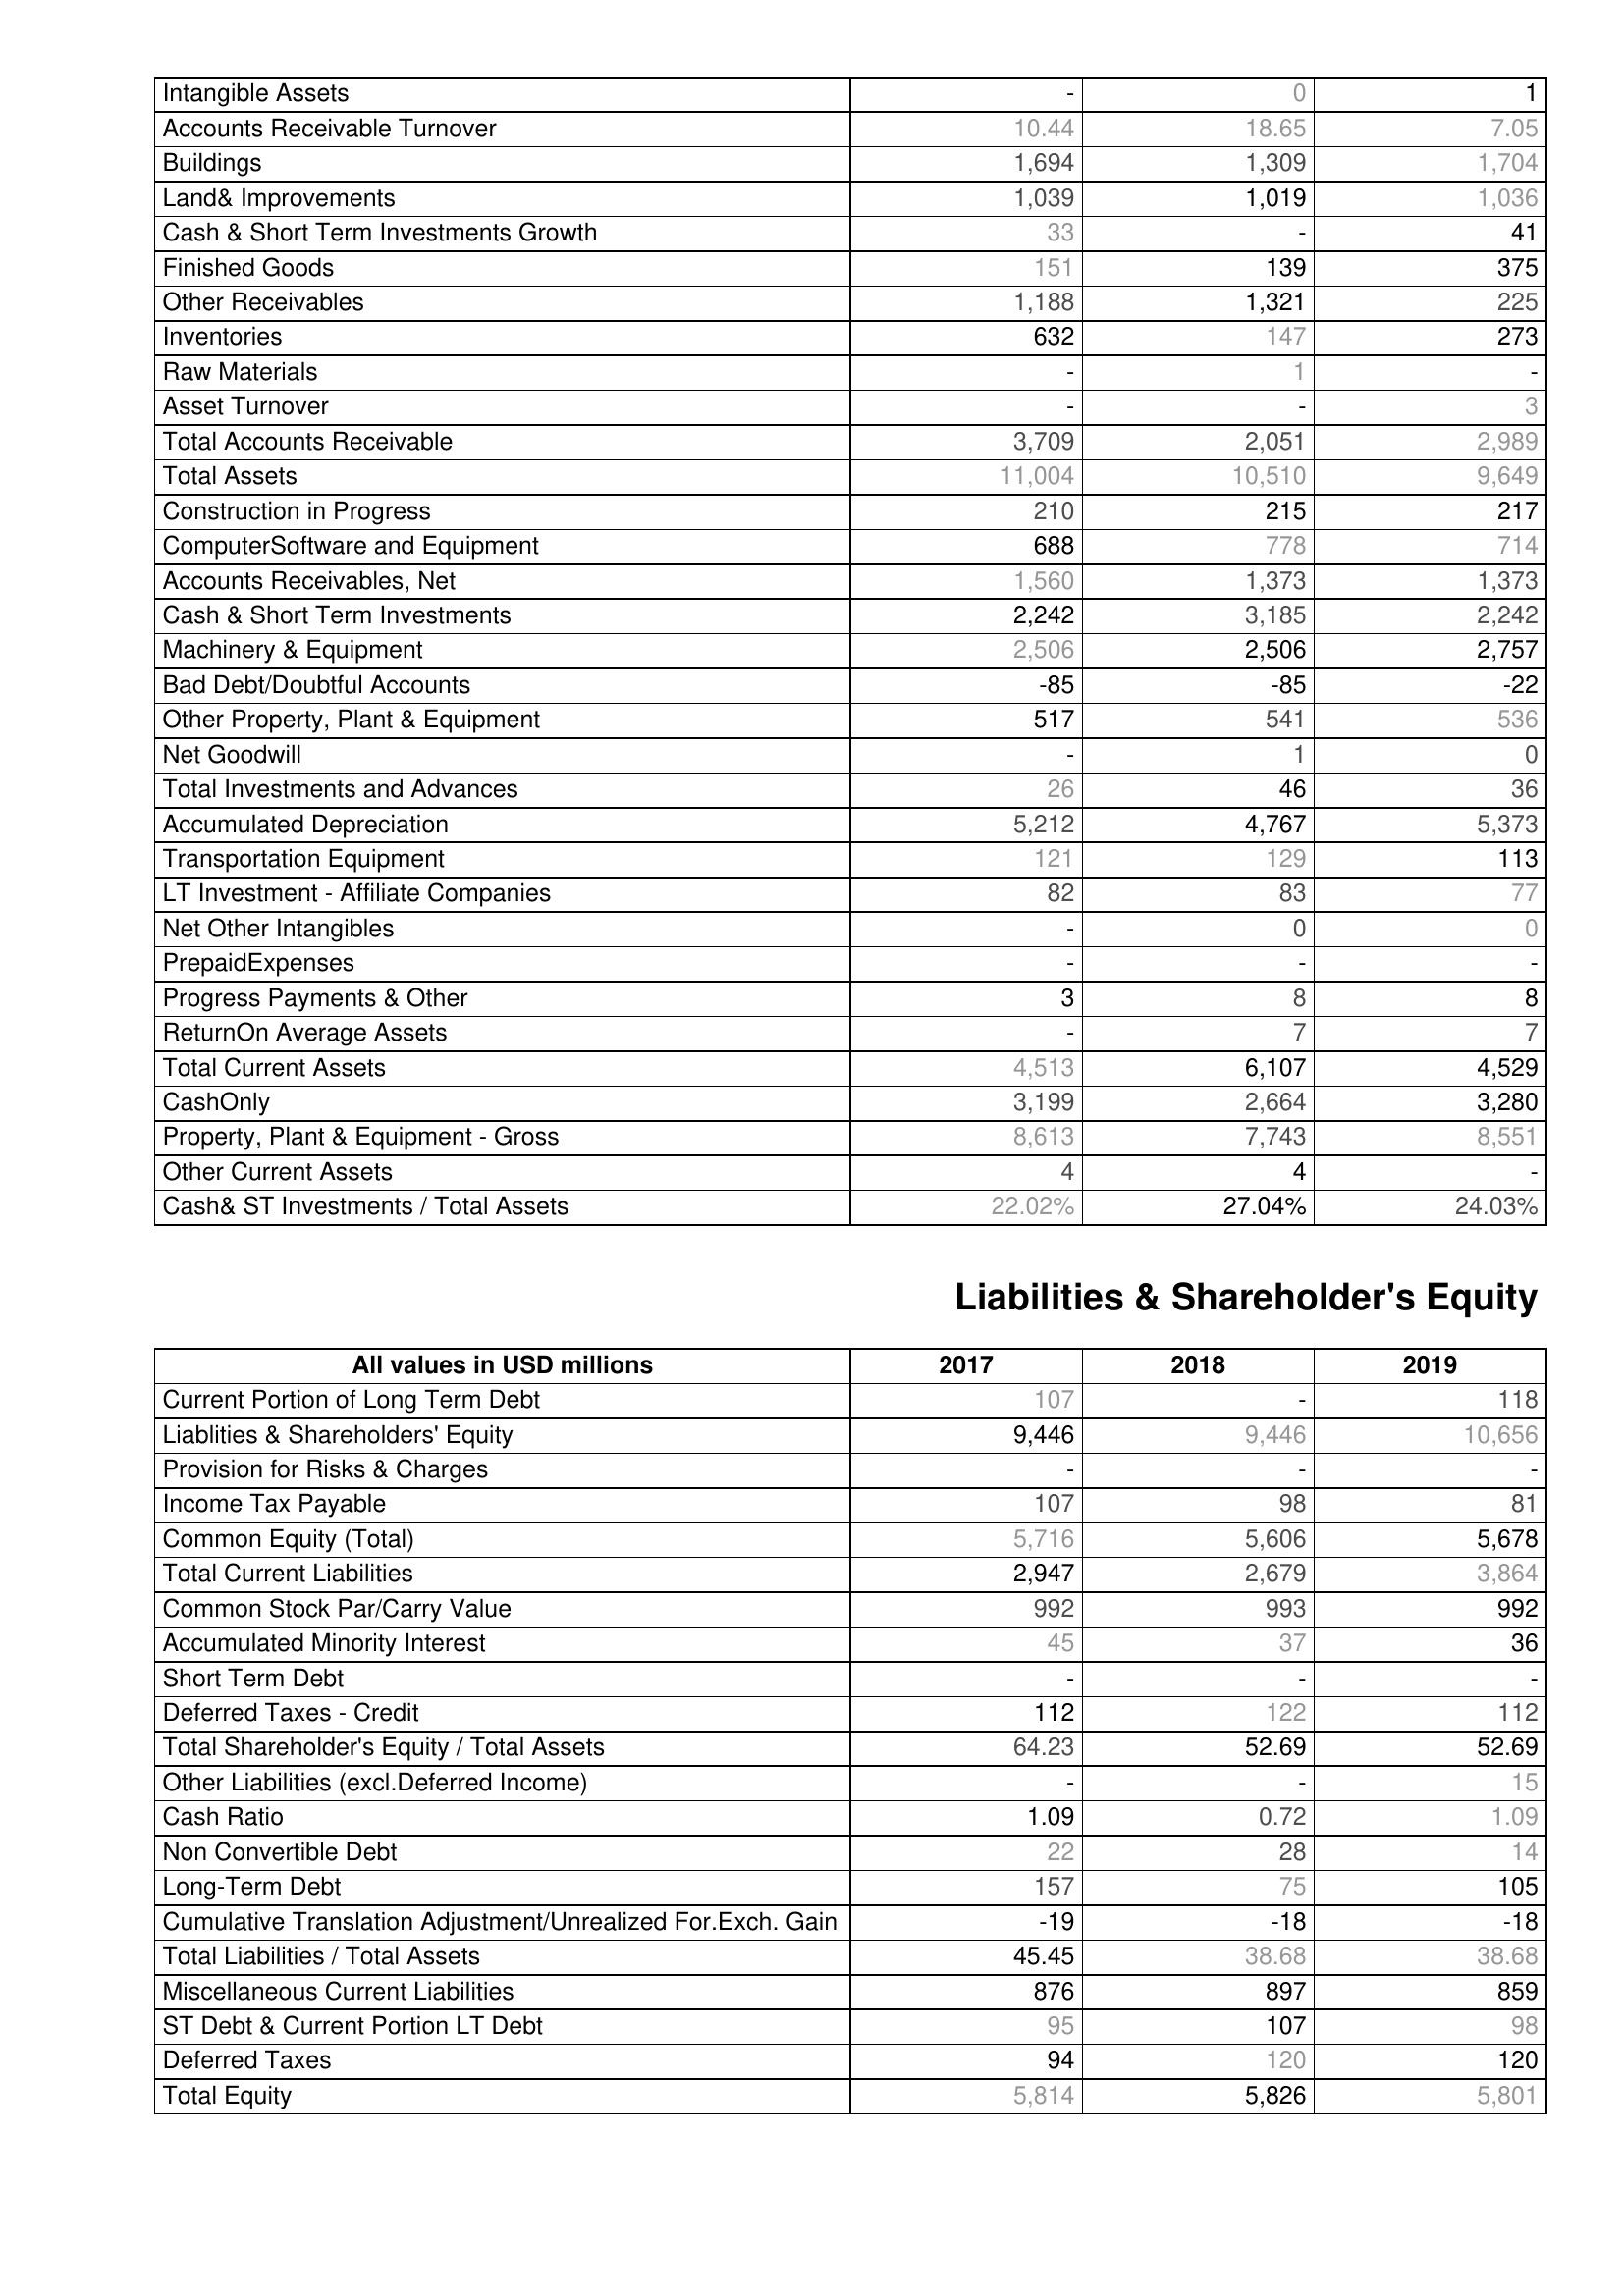
2017: Assets: Intangible Assets: -
Accounts Receivable Turnover: 10.44
Buildings: 1,694
Land& Improvements: 1,039
Cash & Short Term Investments Growth: 33
Finished Goods: 151
Other Receivables: 1,188
Inventories: 632
Raw Materials: -
Asset Turnover: -
Total Accounts Receivable: 3,709
Total Assets: 11,004
Construction in Progress: 210
ComputerSoftware and Equipment: 688
Accounts Receivables, Net: 1,560
Cash & Short Term Investments: 2,242
Machinery & Equipment: 2,506
Bad Debt/Doubtful Accounts: -85
Other Property, Plant & Equipment: 517
Net Goodwill: -
Total Investments and Advances: 26
Accumulated Depreciation: 5,212
Transportation Equipment: 121
LT Investment - Affiliate Companies: 82
Net Other Intangibles: -
PrepaidExpenses: -
Progress Payments & Other: 3
ReturnOn Average Assets: -
Total Current Assets: 4,513
CashOnly: 3,199
Property, Plant & Equipment - Gross : 8,613
Other Current Assets: 4
Cash& ST Investments / Total Assets: 22.02%
Liabilities & Shareholder's Equity: Current Portion of Long Term Debt: 107
Liablities & Shareholders' Equity: 9,446
Provision for Risks & Charges: -
Income Tax Payable: 107
Common Equity (Total): 5,716
Total Current Liabilities: 2,947
Common Stock Par/Carry Value: 992
Accumulated Minority Interest: 45
Short Term Debt: -
Deferred Taxes - Credit: 112
Total Shareholder's Equity / Total Assets: 64.23
Other Liabilities (excl.Deferred Income): -
Cash Ratio: 1.09
Non Convertible Debt: 22
Long-Term Debt: 157
Cumulative Translation Adjustment/Unrealized For.Exch. Gain: -19
Total Liabilities / Total Assets: 45.45
Miscellaneous Current Liabilities: 876
ST Debt & Current Portion LT Debt: 95
Deferred Taxes: 94
Total Equity: 5,814
2018: Assets: Intangible Assets: 0
Accounts Receivable Turnover: 18.65
Buildings: 1,309
Land& Improvements: 1,019
Cash & Short Term Investments Growth: -
Finished Goods: 139
Other Receivables: 1,321
Inventories: 147
Raw Materials: 1
Asset Turnover: -
Total Accounts Receivable: 2,051
Total Assets: 10,510
Construction in Progress: 215
ComputerSoftware and Equipment: 778
Accounts Receivables, Net: 1,373
Cash & Short Term Investments: 3,185
Machinery & Equipment: 2,506
Bad Debt/Doubtful Accounts: -85
Other Property, Plant & Equipment: 541
Net Goodwill: 1
Total Investments and Advances: 46
Accumulated Depreciation: 4,767
Transportation Equipment: 129
LT Investment - Affiliate Companies: 83
Net Other Intangibles: 0
PrepaidExpenses: -
Progress Payments & Other: 8
ReturnOn Average Assets: 7
Total Current Assets: 6,107
CashOnly: 2,664
Property, Plant & Equipment - Gross : 7,743
Other Current Assets: 4
Cash& ST Investments / Total Assets: 27.04%
Liabilities & Shareholder's Equity: Current Portion of Long Term Debt: -
Liablities & Shareholders' Equity: 9,446
Provision for Risks & Charges: -
Income Tax Payable: 98
Common Equity (Total): 5,606
Total Current Liabilities: 2,679
Common Stock Par/Carry Value: 993
Accumulated Minority Interest: 37
Short Term Debt: -
Deferred Taxes - Credit: 122
Total Shareholder's Equity / Total Assets: 52.69
Other Liabilities (excl.Deferred Income): -
Cash Ratio: 0.72
Non Convertible Debt: 28
Long-Term Debt: 75
Cumulative Translation Adjustment/Unrealized For.Exch. Gain: -18
Total Liabilities / Total Assets: 38.68
Miscellaneous Current Liabilities: 897
ST Debt & Current Portion LT Debt: 107
Deferred Taxes: 120
Total Equity: 5,826
2019: Assets: Intangible Assets: 1
Accounts Receivable Turnover: 7.05
Buildings: 1,704
Land& Improvements: 1,036
Cash & Short Term Investments Growth: 41
Finished Goods: 375
Other Receivables: 225
Inventories: 273
Raw Materials: -
Asset Turnover: 3
Total Accounts Receivable: 2,989
Total Assets: 9,649
Construction in Progress: 217
ComputerSoftware and Equipment: 714
Accounts Receivables, Net: 1,373
Cash & Short Term Investments: 2,242
Machinery & Equipment: 2,757
Bad Debt/Doubtful Accounts: -22
Other Property, Plant & Equipment: 536
Net Goodwill: 0
Total Investments and Advances: 36
Accumulated Depreciation: 5,373
Transportation Equipment: 113
LT Investment - Affiliate Companies: 77
Net Other Intangibles: 0
PrepaidExpenses: -
Progress Payments & Other: 8
ReturnOn Average Assets: 7
Total Current Assets: 4,529
CashOnly: 3,280
Property, Plant & Equipment - Gross : 8,551
Other Current Assets: -
Cash& ST Investments / Total Assets: 24.03%
Liabilities & Shareholder's Equity: Current Portion of Long Term Debt: 118
Liablities & Shareholders' Equity: 10,656
Provision for Risks & Charges: -
Income Tax Payable: 81
Common Equity (Total): 5,678
Total Current Liabilities: 3,864
Common Stock Par/Carry Value: 992
Accumulated Minority Interest: 36
Short Term Debt: -
Deferred Taxes - Credit: 112
Total Shareholder's Equity / Total Assets: 52.69
Other Liabilities (excl.Deferred Income): 15
Cash Ratio: 1.09
Non Convertible Debt: 14
Long-Term Debt: 105
Cumulative Translation Adjustment/Unrealized For.Exch. Gain: -18
Total Liabilities / Total Assets: 38.68
Miscellaneous Current Liabilities: 859
ST Debt & Current Portion LT Debt: 98
Deferred Taxes: 120
Total Equity: 5,801